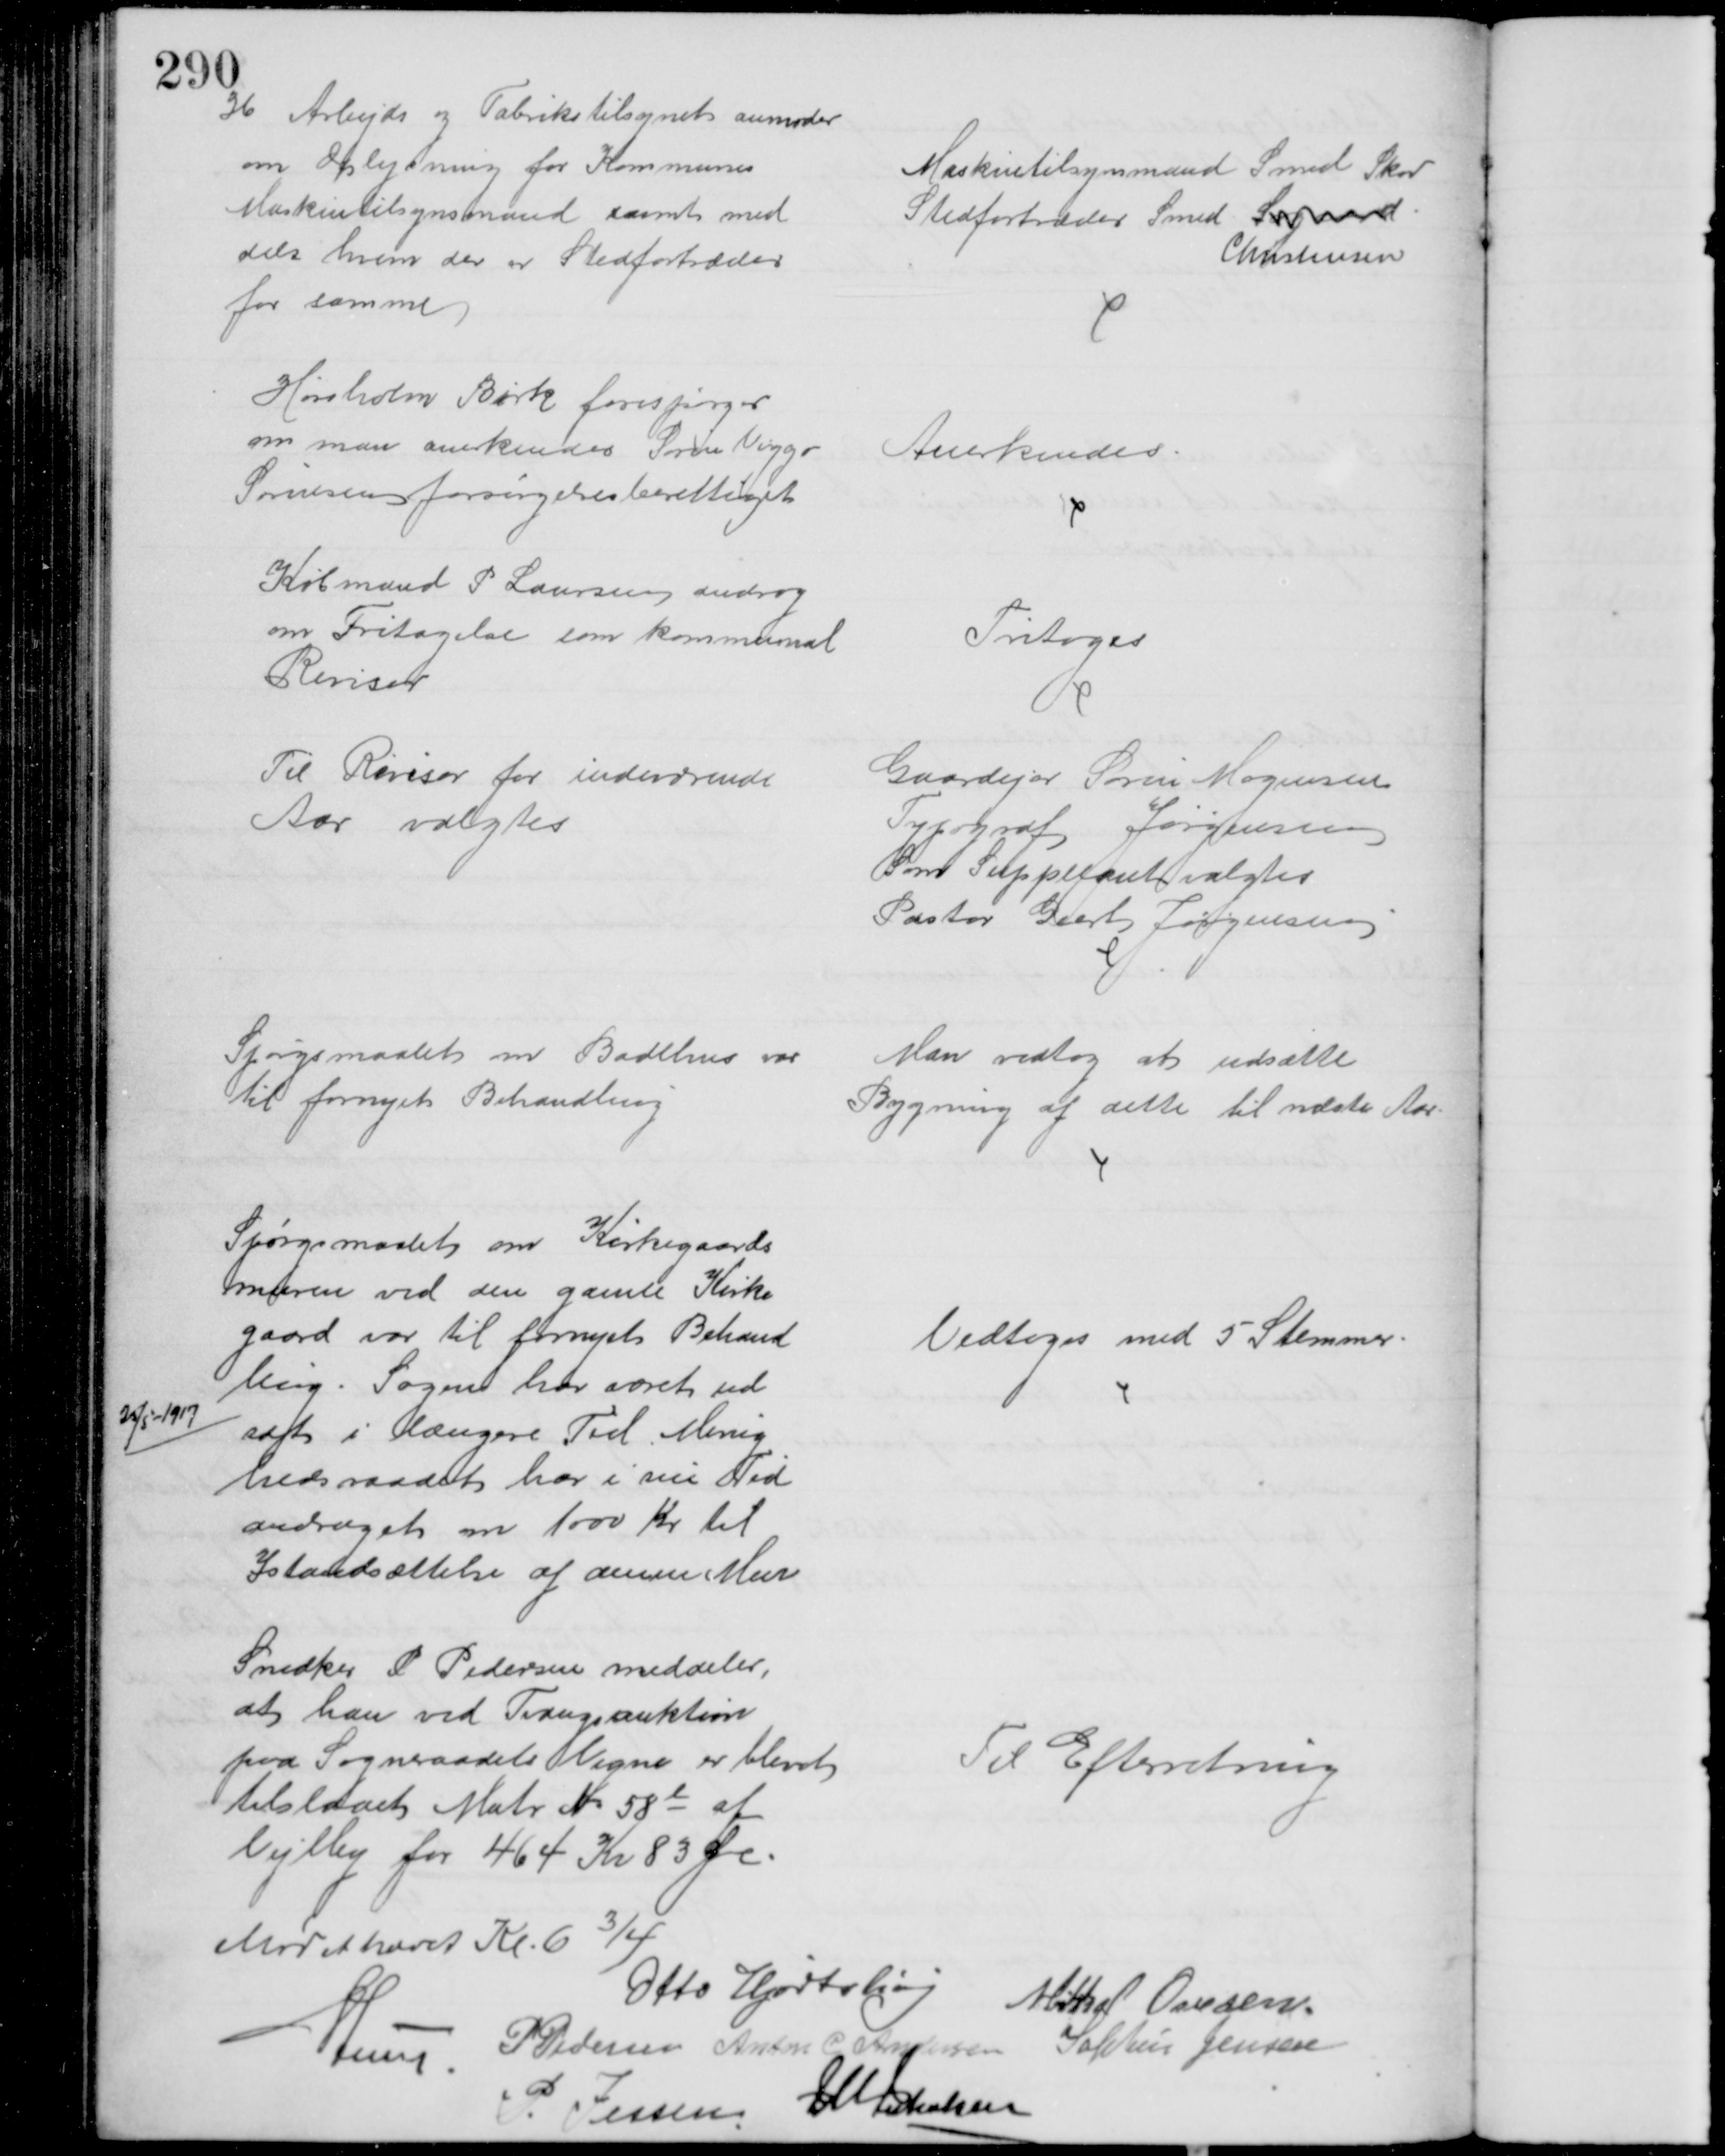
Transskription:
36 Arbejds og Fabrikstilsynet anmoder
om Oplysning for Kommunes
Maskintilsynsmand samt med
delt hvem der er Stedfortræder
for samme
Maskintilsynsmand Smed Skov
Stedfortræder Smed Legaard
Christensen
Hørsholm Birk forespørger
om man anerkender Søren Viggo
Sørensen forsørgelsesberettiget
Anerkendes
Købmand P Laursen androg
om Fritagelse som kommunal
Revisor
Fritoges
Til Revisor for indeværende
Aar valgtes
Gaardejer Søren Mogensen
Typograf Jørgensen
Som Suppleant valgtes
Pastor Geert Jørgensen
Spørgsmaalet om Badehus var
til fornyet Behandling
Man vedtog at udsætte
Bygning af dette til næste Aar
25/5 - 1917
Spørgsmaalet om Kirkegaards
muren ved den gamle Kirke
gaard var til fornyet Behand
ling. Sagen har været ud
sat i længere Tid. Menig
hedsraadet har i sin Tid
andraget om 1000 Kr til
Istandsættelse af denne Mur
Vedtoges med 5 Stemmer.
Snedker P Pedersen meddeler,
at han ved Tvangsauktion
paa Sogneraadets Vegne er blevet 
tilslaaet Matr. № 58e af
Vejlby for 464 Kr 83 Øre.
Til Efterretning
Mødet hævet Kl. 6¾
Otto Hjortshøj
Mikkel Ovesen.
A Lund
P Pedersen Anton C. Andersen Sophus Jensen
P. Jensen
J M Jakobsen